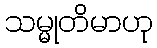
သမ္မုတိမာဟု